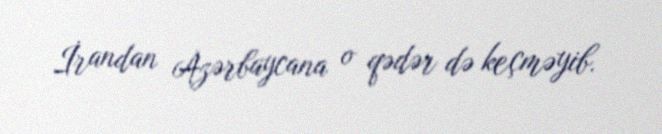
İrandan Azərbaycana o qədər də keçməyib.